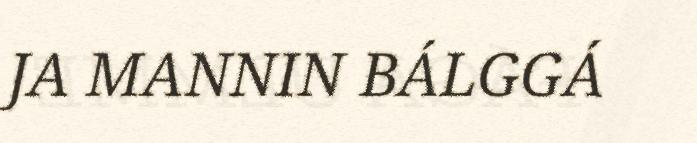
JA MANNIN BÁLGGÁ